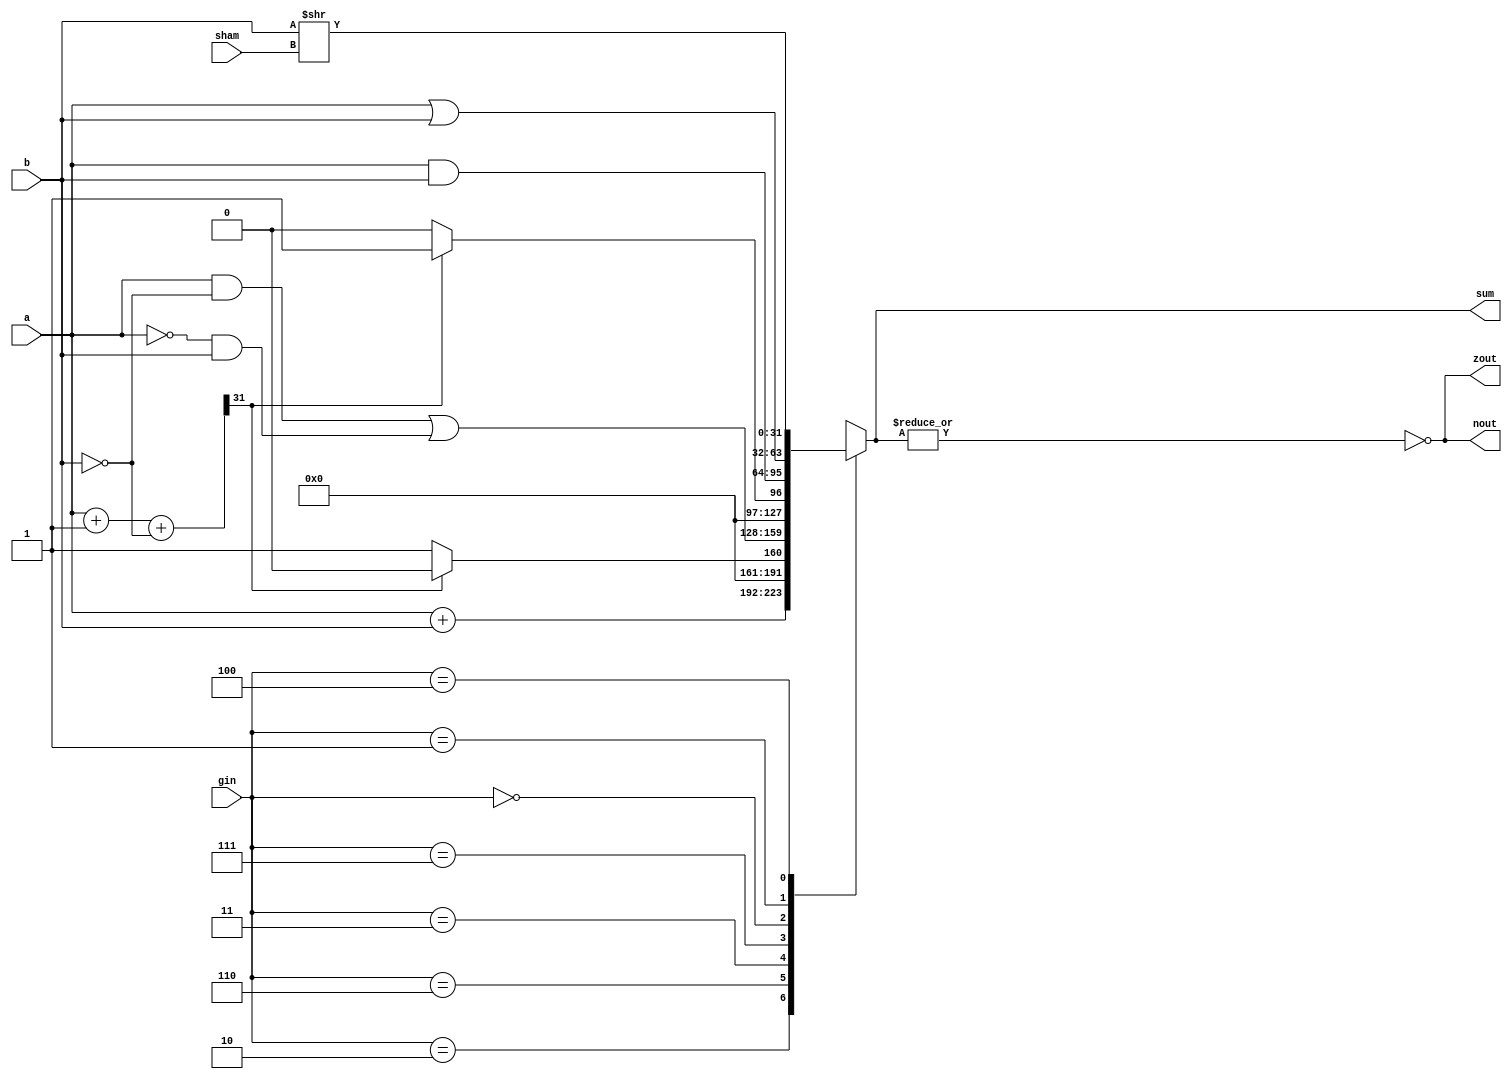
module alu32(sum,a,b,sham,zout,nout,gin);//ALU operation according to the ALU control line values
output [31:0] sum;
input [31:0] a,b; 
input [2:0] gin;//ALU control line
input [4:0] sham;
reg [31:0] sum;
reg [31:0] sub;
reg [31:0] less;
wire [4:0]  sham;
output zout,nout;
reg zout,nout;
always @(a or b or sham or gin)
begin
	case(gin)
	3'b010: sum=a+b; 		//ALU control line=010, ADD
	3'b110: begin sub=a+1+(~b);	//ALU control line=110, SUB
                if (sub[31]) sum=0;     //activate negativity bit where result is negative
                else sum=1;
                end
        3'b011: sum=((a&(~b)) | ((~a)&b));   //ALU control line=011, XOR
	3'b111: begin less=a+1+(~b);	//ALU control line=111, set on less than
			if (less[31]) sum=1;	
			else sum=0;
		  end
	3'b000: sum=a & b;	//ALU control line=000, AND
	3'b001: sum=a|b;		//ALU control line=001, OR
        3'b100: sum=b>>sham;        //ALU control line=100 ,SHR
	default: sum=31'bx;	
	endcase
zout=~(|sum);
nout=~(|sum);
end
endmodule